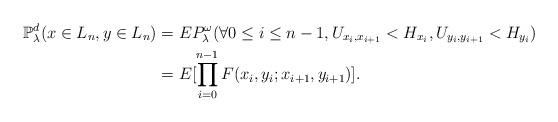
LaTeX: \begin{align*}\mathbb{P}_{\lambda}^d(x\in L_n,y\in L_n)&=EP_{\lambda}^{\omega}(\forall0\leq i\leq n-1, U_{x_i,x_{i+1}}<H_{x_i},U_{y_i,y_{i+1}}<H_{y_i})\\&=E[\prod_{i=0}^{n-1}F(x_i,y_i;x_{i+1},y_{i+1})].\end{align*}